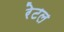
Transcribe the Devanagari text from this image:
रेटल